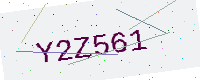
Text: Y2Z561